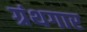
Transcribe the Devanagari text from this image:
ग्रंथगार